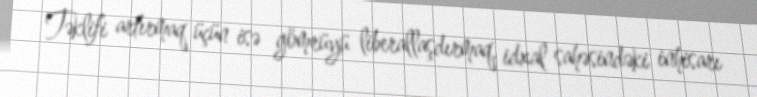
Təklifi artırmaq üçün isə gömrüyü liberallaşdırmaq, idxal sahəsindəki inhisarı